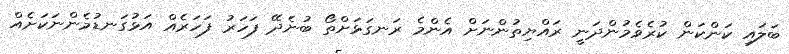
ބަލައި ކަންކަން ކުރެވެމުންދަނީ ރައްޔިތުންނަށް އެންމެ ރަނގަޅަށްތޯ ބުނެދޭ ފަހަރު ފަހަރެއް އަޅުގަނޑުމެންނަކަށެއް